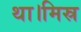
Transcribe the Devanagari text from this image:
था।मिस्र